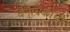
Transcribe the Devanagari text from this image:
वैनायकीची